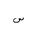
Letter: _sin